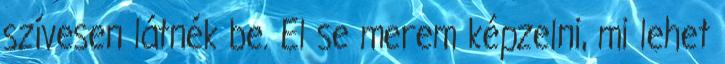
szívesen látnék be. El se merem képzelni, mi lehet